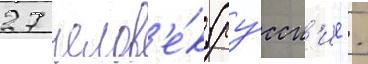
27 челов'е́к (ру́сск'ие -